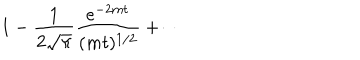
1 - \frac { 1 } { 2 \sqrt { \pi } } \frac { e ^ { - 2 m t } } { ( m t ) ^ { 1 / 2 } } + \cdots